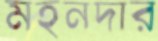
মহনদার